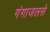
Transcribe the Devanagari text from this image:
गंगाजलसे